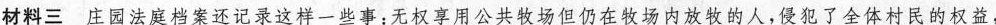
材料三庄园法庭档案还记录这样一些事：无权享用公共牧场但仍在牧场内放牧的人，侵犯了全体村民的权益，